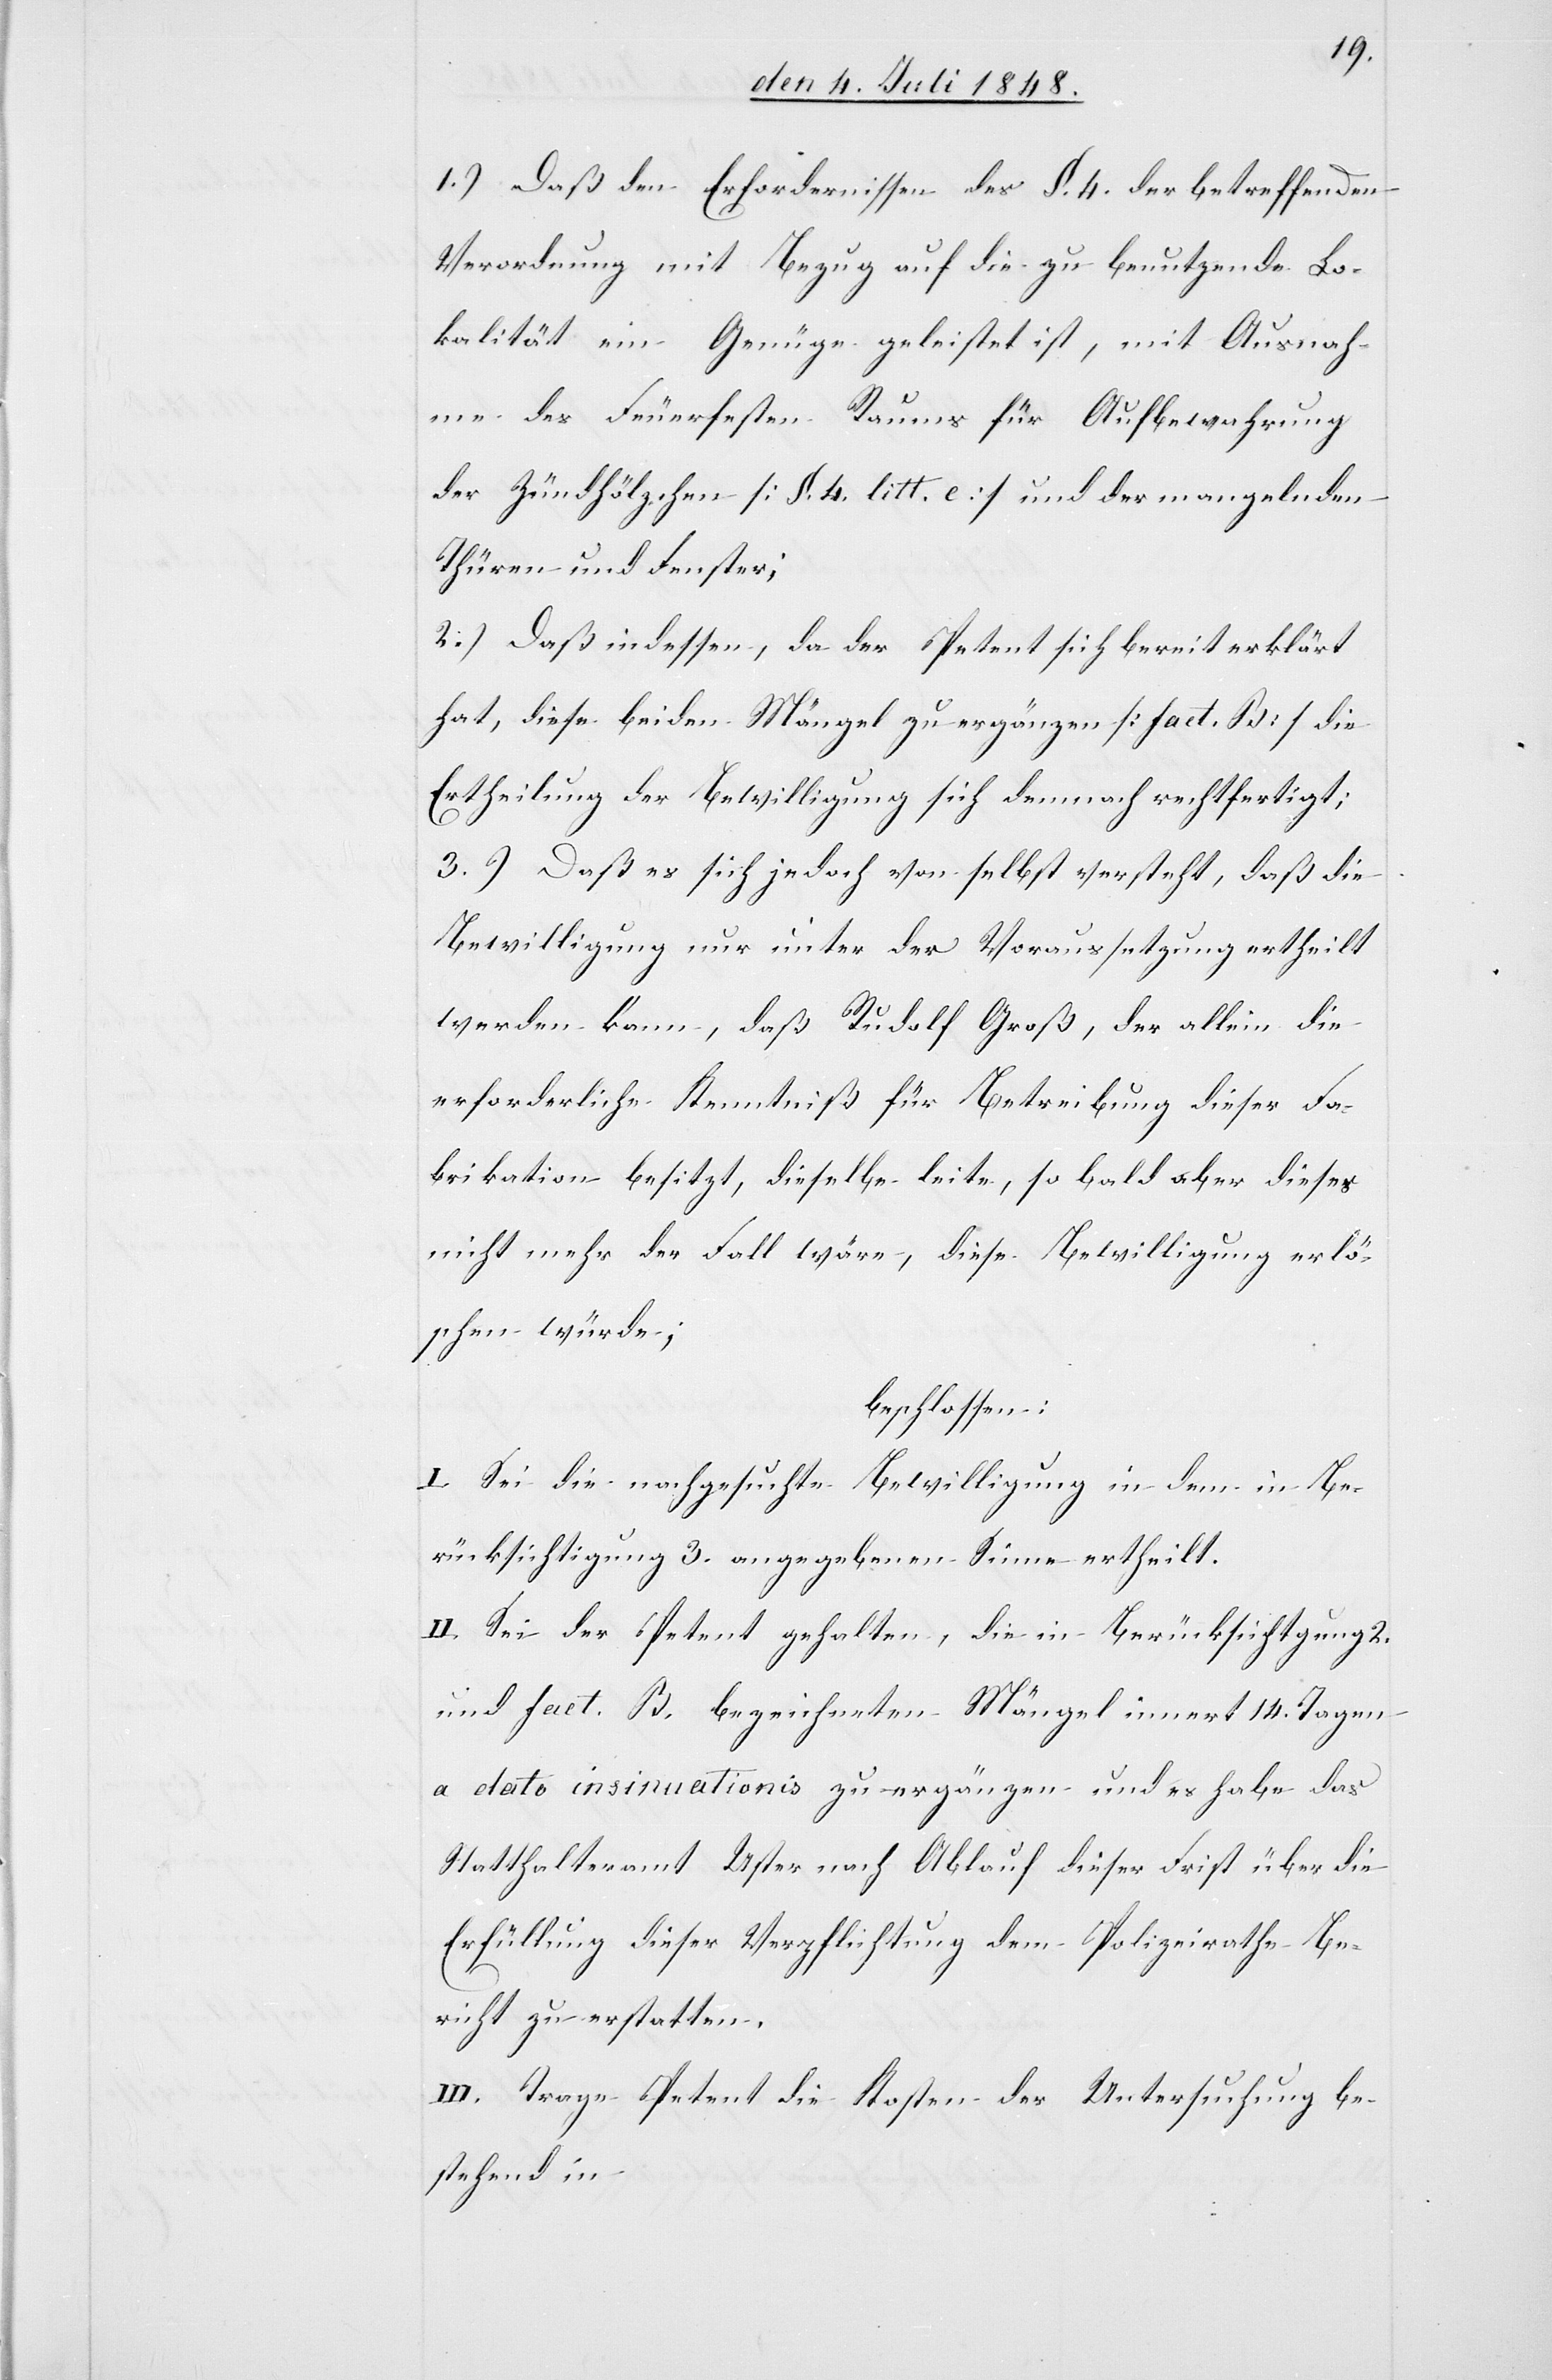
1.) Daß den Erfordernissen des §. 4. der betreffenden
Verordnung mit Bezug auf die zu benutzende Lo¬
kalität ein Genüge geleistet ist, mit Ausnah¬
me des Feuerfesten Raums für Aufbewahrung
der Zündhölzchen [§. 4. litt. c.] und der mangelnden
Thüren und Fenster;
2.) Daß indessen, da der Petent sich bereit erklärt
hat, diese beiden Mängel zu ergänzen [fact. B] die
Ertheilung der Bewilligung sich demnach rechtfertigt.
3.) Daß es sich jedoch von selbst versteht, daß die
Bewilligung nur unter der Voraussetzung ertheilt
werden kann, daß Rudolf Groß, der allein die
erforderliche Kenntniß für Betreibung dieser Fa¬
brikation besitzt, dieselbe leite, so bald aber dieses
nicht mehr der Fall wäre, diese Bewilligung erlö¬
schen würde;
beschlossen:
I. Sei die nachgesuchte Bewilligung in dem in Be¬
rücksichtigung 3. angegebenen Sinne ertheilt.
II. Sei der Petent gehalten, die in Berücksichtigung 2.
und fact. B. bezeichneten Mängel innert 14. Tagen
a dato insinuationis zu ergänzen und es habe das
Statthalteramt Uster nach Ablauf dieser Frist über die
Erfüllung dieser Verpflichtung dem Polizeirathe Be¬
richt zu erstatten.
II. Trage Petent die Kosten der Untersuchung be¬
stehend in